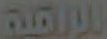
الورقية